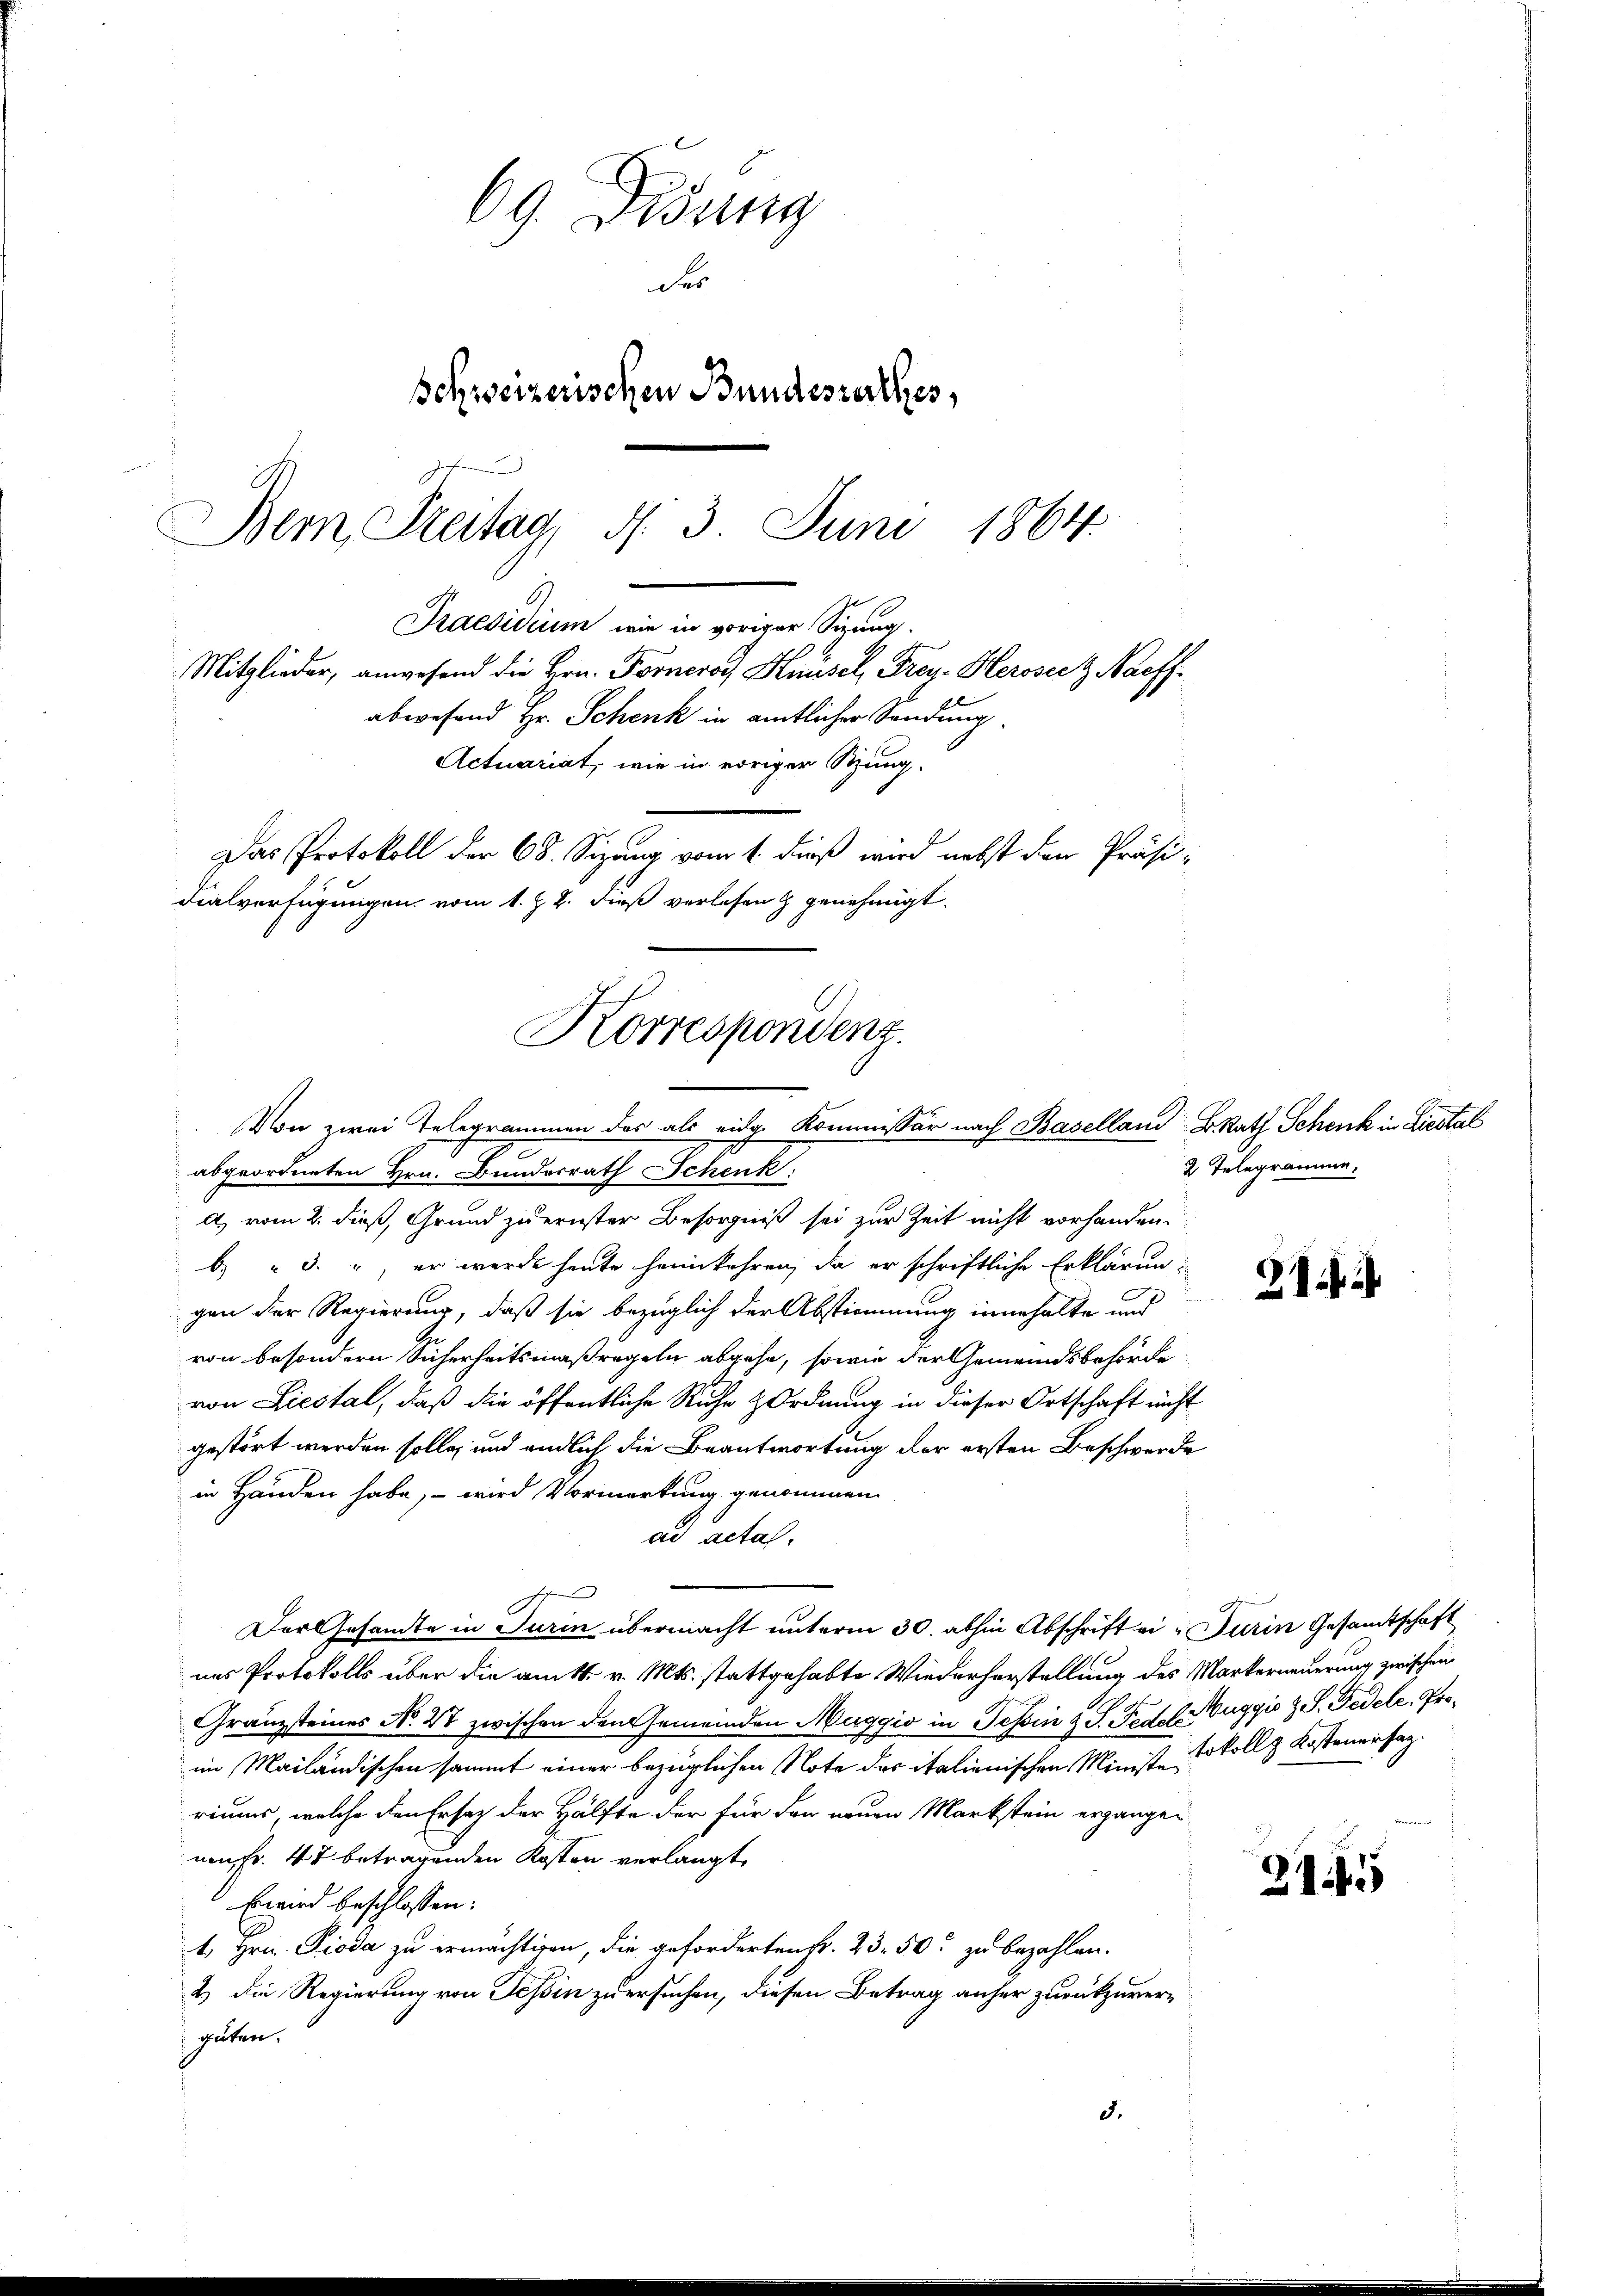
69. Didung
des
schweizerischen Bundesrathes,
Dem Freitag, d. 3. Juni 1864.
Praesidium, wie in voriger Sizung.

Korrespondenz.
Von zwei Telegrammen des als eidg. Kommissär nach Baselland B Rath Schenk in Liestal
abgeordneten Hrn. Bundesrath Schenk

Mitglieder, anwesend die Hrn. Forneros Knüsel, Frey- Herosecz Naeffabwesend Hr. Schenk in amtlicher Sendung.
Actuariat, wie in voriger Stung.
Das Protokoll der 68. Sizung vom 1. dieß wird nebst den Präsi-
dialverfügungen vom 1. Z. 2. Fieß verlesen & genehmigt.

a) vom 2. dieß, Grund zu ernster Besorgniß sei zur Zeit nicht vorhanden.
b. " 3. ", er werde heute heimkehren, da er schriftliche Erklärungen der Regierung, daß sie bezüglich der Abstimmung innehalte und
von besondern Sicherheitsmaßregeln abgehe, sowie der Gemeindsbehörde
von Liestal, daß die öffentliche Ruhe Ordnung in dieser Ortschaft nicht
gestört werden solle, und endlich die Beantwortung der ersten Beschwerde
in Handen habe, – wird Vormerkung genommen.
ad actal.
Der Gesandte in Turin übermacht unterm 30. abhin Abschrift ei-Turin Gesandtschaft
nes Protokolls über die am 1. v. Mts. stattgehabte Wiederhorstellung des Markerneuerung zwischen
Gränzsteines N. 27 zwischen den Gemeinden Maggio in Tessin d S. Pedel Buggis z. S. Fidele, Proim Mailändischen sammt einer bezüglichen Note des italienischen Ministe Sokoll & Kostenersagriums, welche den Ersatz der Hälfte der für den neuen Markstein ergängen
non fr. 47 betragenden Kosten verlangt,
Er wird beschlossen:
1., Hrn. Pioda zu ermächtigen, die geforderten Fr. 23. 50. zu bezahlen.
2.) Die Regierung von Tessin zu ersuchen, diesen Betrag anher zurückzuverguten.
5.

2. Telegramme.

2

2145